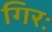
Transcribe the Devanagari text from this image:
गिरः